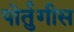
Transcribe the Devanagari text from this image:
पोर्तुगीस